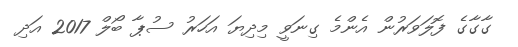
ގާގާގެ ފޮލަވަރުން އެންމެ ގިނަވީ މިދިޔަ އަހަރު ސުޕާ ބޯލް 2017 އަދި